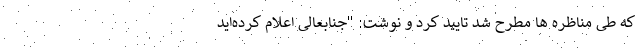
که طی مناظره ها مطرح شد تایید کرد و نوشت: "جنابعالی اعلام کرده‌اید